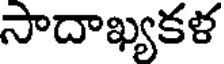
సాదాఖ్యకళ